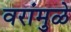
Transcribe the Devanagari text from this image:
वरांमुळे